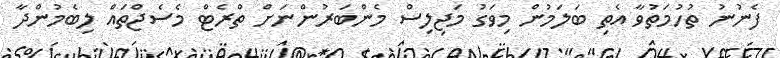
ފެނުނު ތުހުމަތުވާ އެތި ބަލަމުން މިވަގުު މަޖިލިސް މެންބަރުންނަށް ތްރެޓް މެސެޖްތައް ލިބެމުންދާ